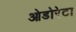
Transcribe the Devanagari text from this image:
ओडोरेटा